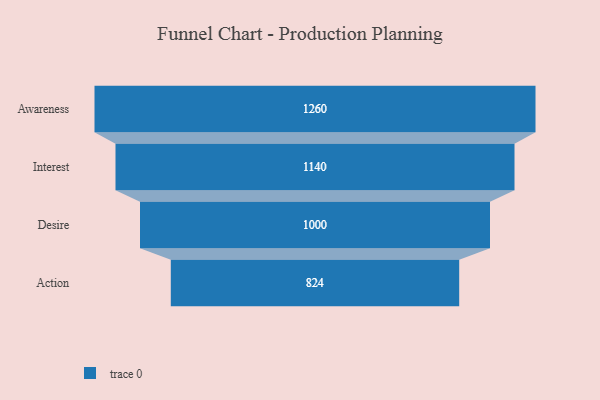
{"axis": {"x": "Stage", "y": "Value"}, "legend": [""], "data": [{"x": "Awareness", "y": 1260.0, "type": ""}, {"x": "Interest", "y": 1140.0, "type": ""}, {"x": "Desire", "y": 1000.0, "type": ""}, {"x": "Action", "y": 824.0, "type": ""}]}